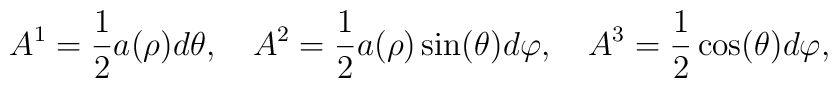
A^1 = {1\over 2}a(\rho) d\theta,\quad A^2 = {1\over 2}a(\rho)\sin(\theta) d\varphi,\quad A^3 = {1\over 2} \cos(\theta) d\varphi,